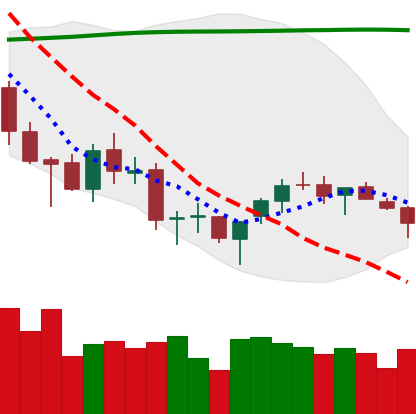
Ticker: BTC-USD
Chart end date: 2018-03-26
Forward return: -15.054%
Label: down_7plus